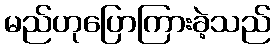
မည်ဟုပြောကြားခဲ့သည်